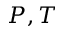
P , T